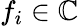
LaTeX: f_{i}\in\mathbb{C}